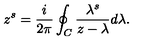
z ^ { s } = \frac { i } { 2 \pi } \oint _ { C } \frac { \lambda ^ { s } } { z - \lambda } d \lambda .